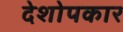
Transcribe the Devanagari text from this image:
देशोपकार